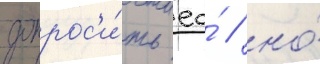
допрос'и́ть ео́ / но́